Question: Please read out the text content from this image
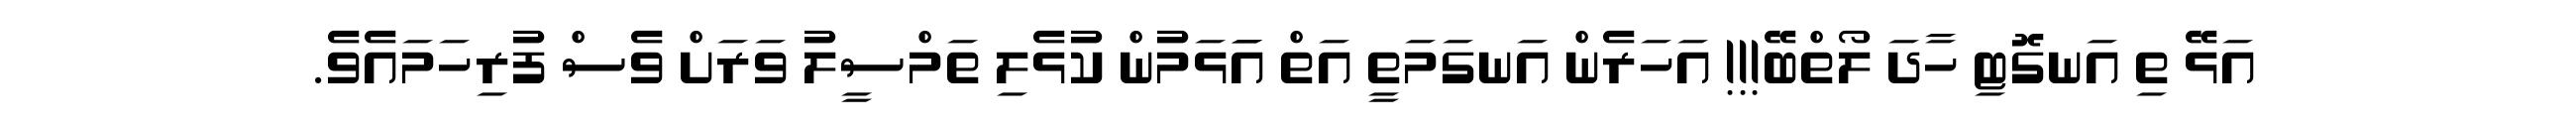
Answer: އަޅޭ ތި އަނގޮޓި ހާދަ ލޯތްބޭ!!! އަހަރެން އަނގަމަތީ އަތް އަަޅަމުން ކުޅެލި ތަމްސީލު ވަރަށް ވެސް ފުރިހަމައެވެ.